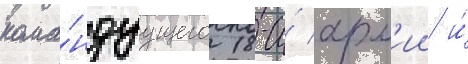
кома́ндуущего 18-и́ арм'ии и́